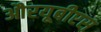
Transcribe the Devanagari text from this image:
औरयूबीएस